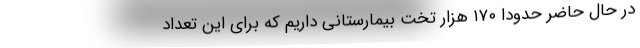
در حال حاضر حدودا ۱۷۰ هزار تخت بیمارستانی داریم که برای این تعداد